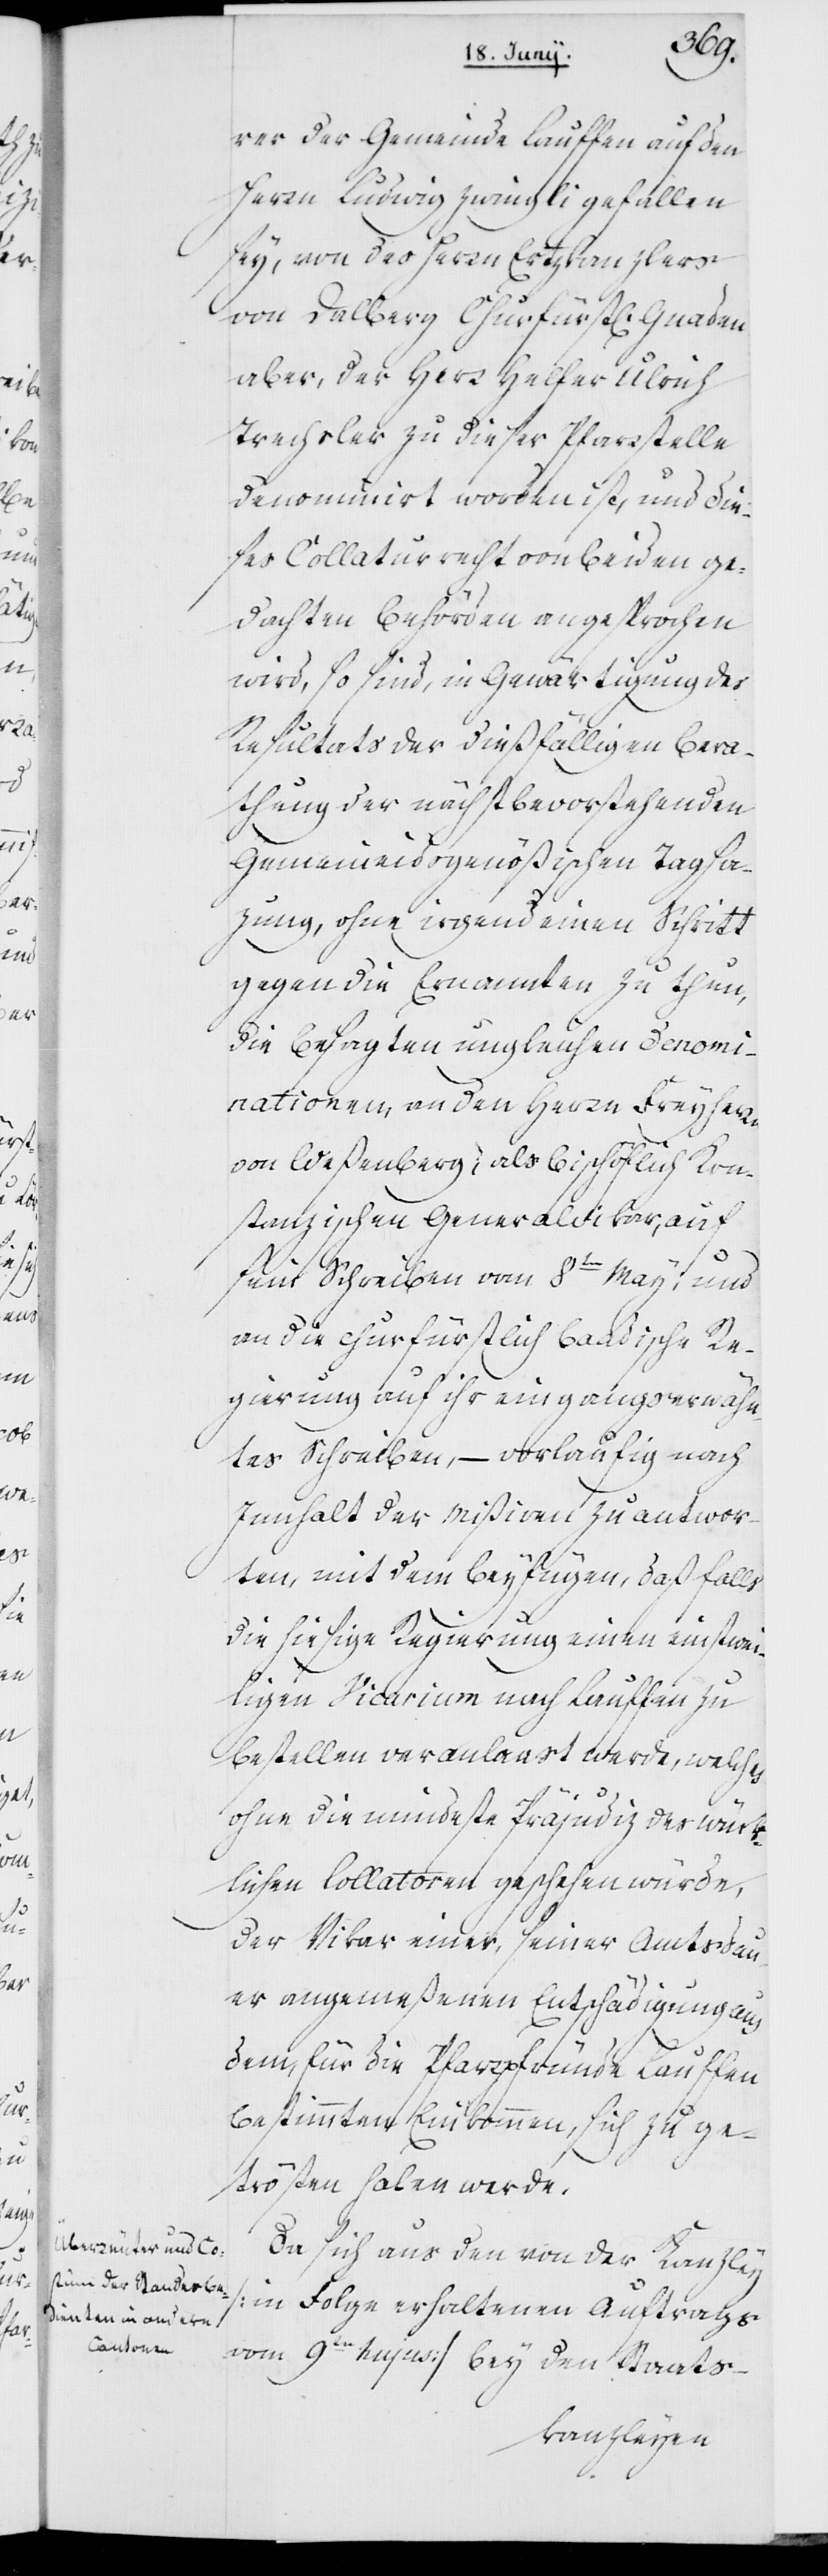
rer der Gemeinde Lauffen auf den
Herrn Ludwig Zwingli gefallen
sey, von des Herrn Erzkanzlers
von Dalberg Churfürstl. Gnaden
aber, der Herr Helfer Ulrich
Trachsler zu dieser Pfarrstelle
denominirt worden ist, und die¬
ses Collatur-Recht von beyden ge¬
dachten Behörden angesprochen
wird, so sind, in Gewärtigung des
Resultats der dießfälligen Bera¬
thung der nächstbevorstehenden
Gemeineidsgenößischen Tagsa¬
zung, ohne irgend einen Schritt
gegen die Ernannten zu thun,
die besagten ungleichen Denomi¬
nationen, an den Herrn Freyherr
von Weßenberg (als bischöflich Kon¬
stanzischen Generalvikar, auf
sein Schreiben vom 8ten May; und
an die churfürstl. baadische Re¬
gierung auf ihr eingangs erwähn¬
tes Schreiben, – vorläufig nach
Innhalt der Mißiven zu antwor¬
ten, mit dem Beyfügen, daß falls
die hiesige Regierung einen einstwei¬
ligen Vicarium nach Lauffen zu
bestellen veranlaaßt werde, welches
ohne die mindeste Präjudiz des würk¬
lichen Collatoren geschehen würde,
der Vikar einer, seiner Amtsdau¬
er angemeßenen Entschädigung aus
dem für die Pfarrpfründe Lauffen
bestimmten Einkommen, sich zu ge¬
trösten haben werde.
Da sich aus den von der Kanzley
(in Folge erhaltenen Auftrags
vom 9ten hujus) bey den Staats-